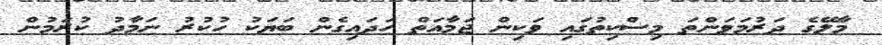
މާލޭގެ ދަރުމަވަންތަ މިސްކިތުގައި ވަކިން ޖަމާއަތް ހަދައިގެން ބަޔަކު ހުކުރު ނަމާދު ކުރަމުން